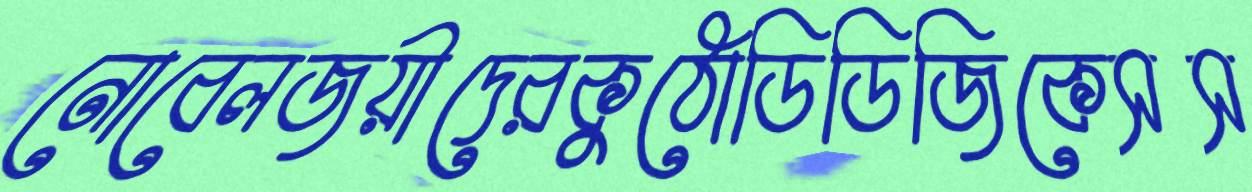
নোবেলজয়ীদেরকুঠোডিডিজিকেসস